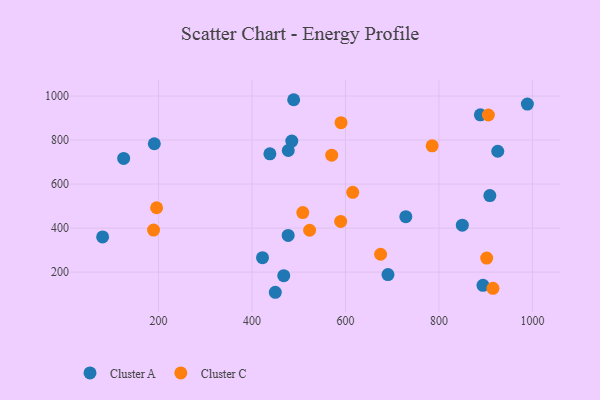
{"axis": {"x": "Ad Spend", "y": "Demand"}, "legend": ["Cluster A", "Cluster C"], "data": [{"x": "191.0", "y": 783.1, "type": "Cluster A"}, {"x": "850.1", "y": 413.4, "type": "Cluster A"}, {"x": "125.4", "y": 716.5, "type": "Cluster A"}, {"x": "477.4", "y": 366.8, "type": "Cluster A"}, {"x": "888.7", "y": 914.8, "type": "Cluster A"}, {"x": "909.0", "y": 547.6, "type": "Cluster A"}, {"x": "438.3", "y": 737.2, "type": "Cluster A"}, {"x": "449.9", "y": 108.4, "type": "Cluster A"}, {"x": "894.3", "y": 140.0, "type": "Cluster A"}, {"x": "468.0", "y": 184.0, "type": "Cluster A"}, {"x": "989.3", "y": 963.4, "type": "Cluster A"}, {"x": "477.6", "y": 752.5, "type": "Cluster A"}, {"x": "925.9", "y": 749.2, "type": "Cluster A"}, {"x": "489.2", "y": 983.2, "type": "Cluster A"}, {"x": "729.2", "y": 451.8, "type": "Cluster A"}, {"x": "422.5", "y": 265.8, "type": "Cluster A"}, {"x": "485.2", "y": 795.4, "type": "Cluster A"}, {"x": "691.0", "y": 188.8, "type": "Cluster A"}, {"x": "80.4", "y": 359.8, "type": "Cluster A"}, {"x": "902.2", "y": 263.7, "type": "Cluster C"}, {"x": "785.5", "y": 773.7, "type": "Cluster C"}, {"x": "570.6", "y": 731.4, "type": "Cluster C"}, {"x": "195.9", "y": 492.5, "type": "Cluster C"}, {"x": "590.6", "y": 878.8, "type": "Cluster C"}, {"x": "508.7", "y": 470.5, "type": "Cluster C"}, {"x": "615.6", "y": 562.5, "type": "Cluster C"}, {"x": "523.3", "y": 390.2, "type": "Cluster C"}, {"x": "915.6", "y": 126.3, "type": "Cluster C"}, {"x": "589.8", "y": 430.2, "type": "Cluster C"}, {"x": "905.8", "y": 913.9, "type": "Cluster C"}, {"x": "189.4", "y": 390.8, "type": "Cluster C"}, {"x": "675.2", "y": 281.2, "type": "Cluster C"}]}